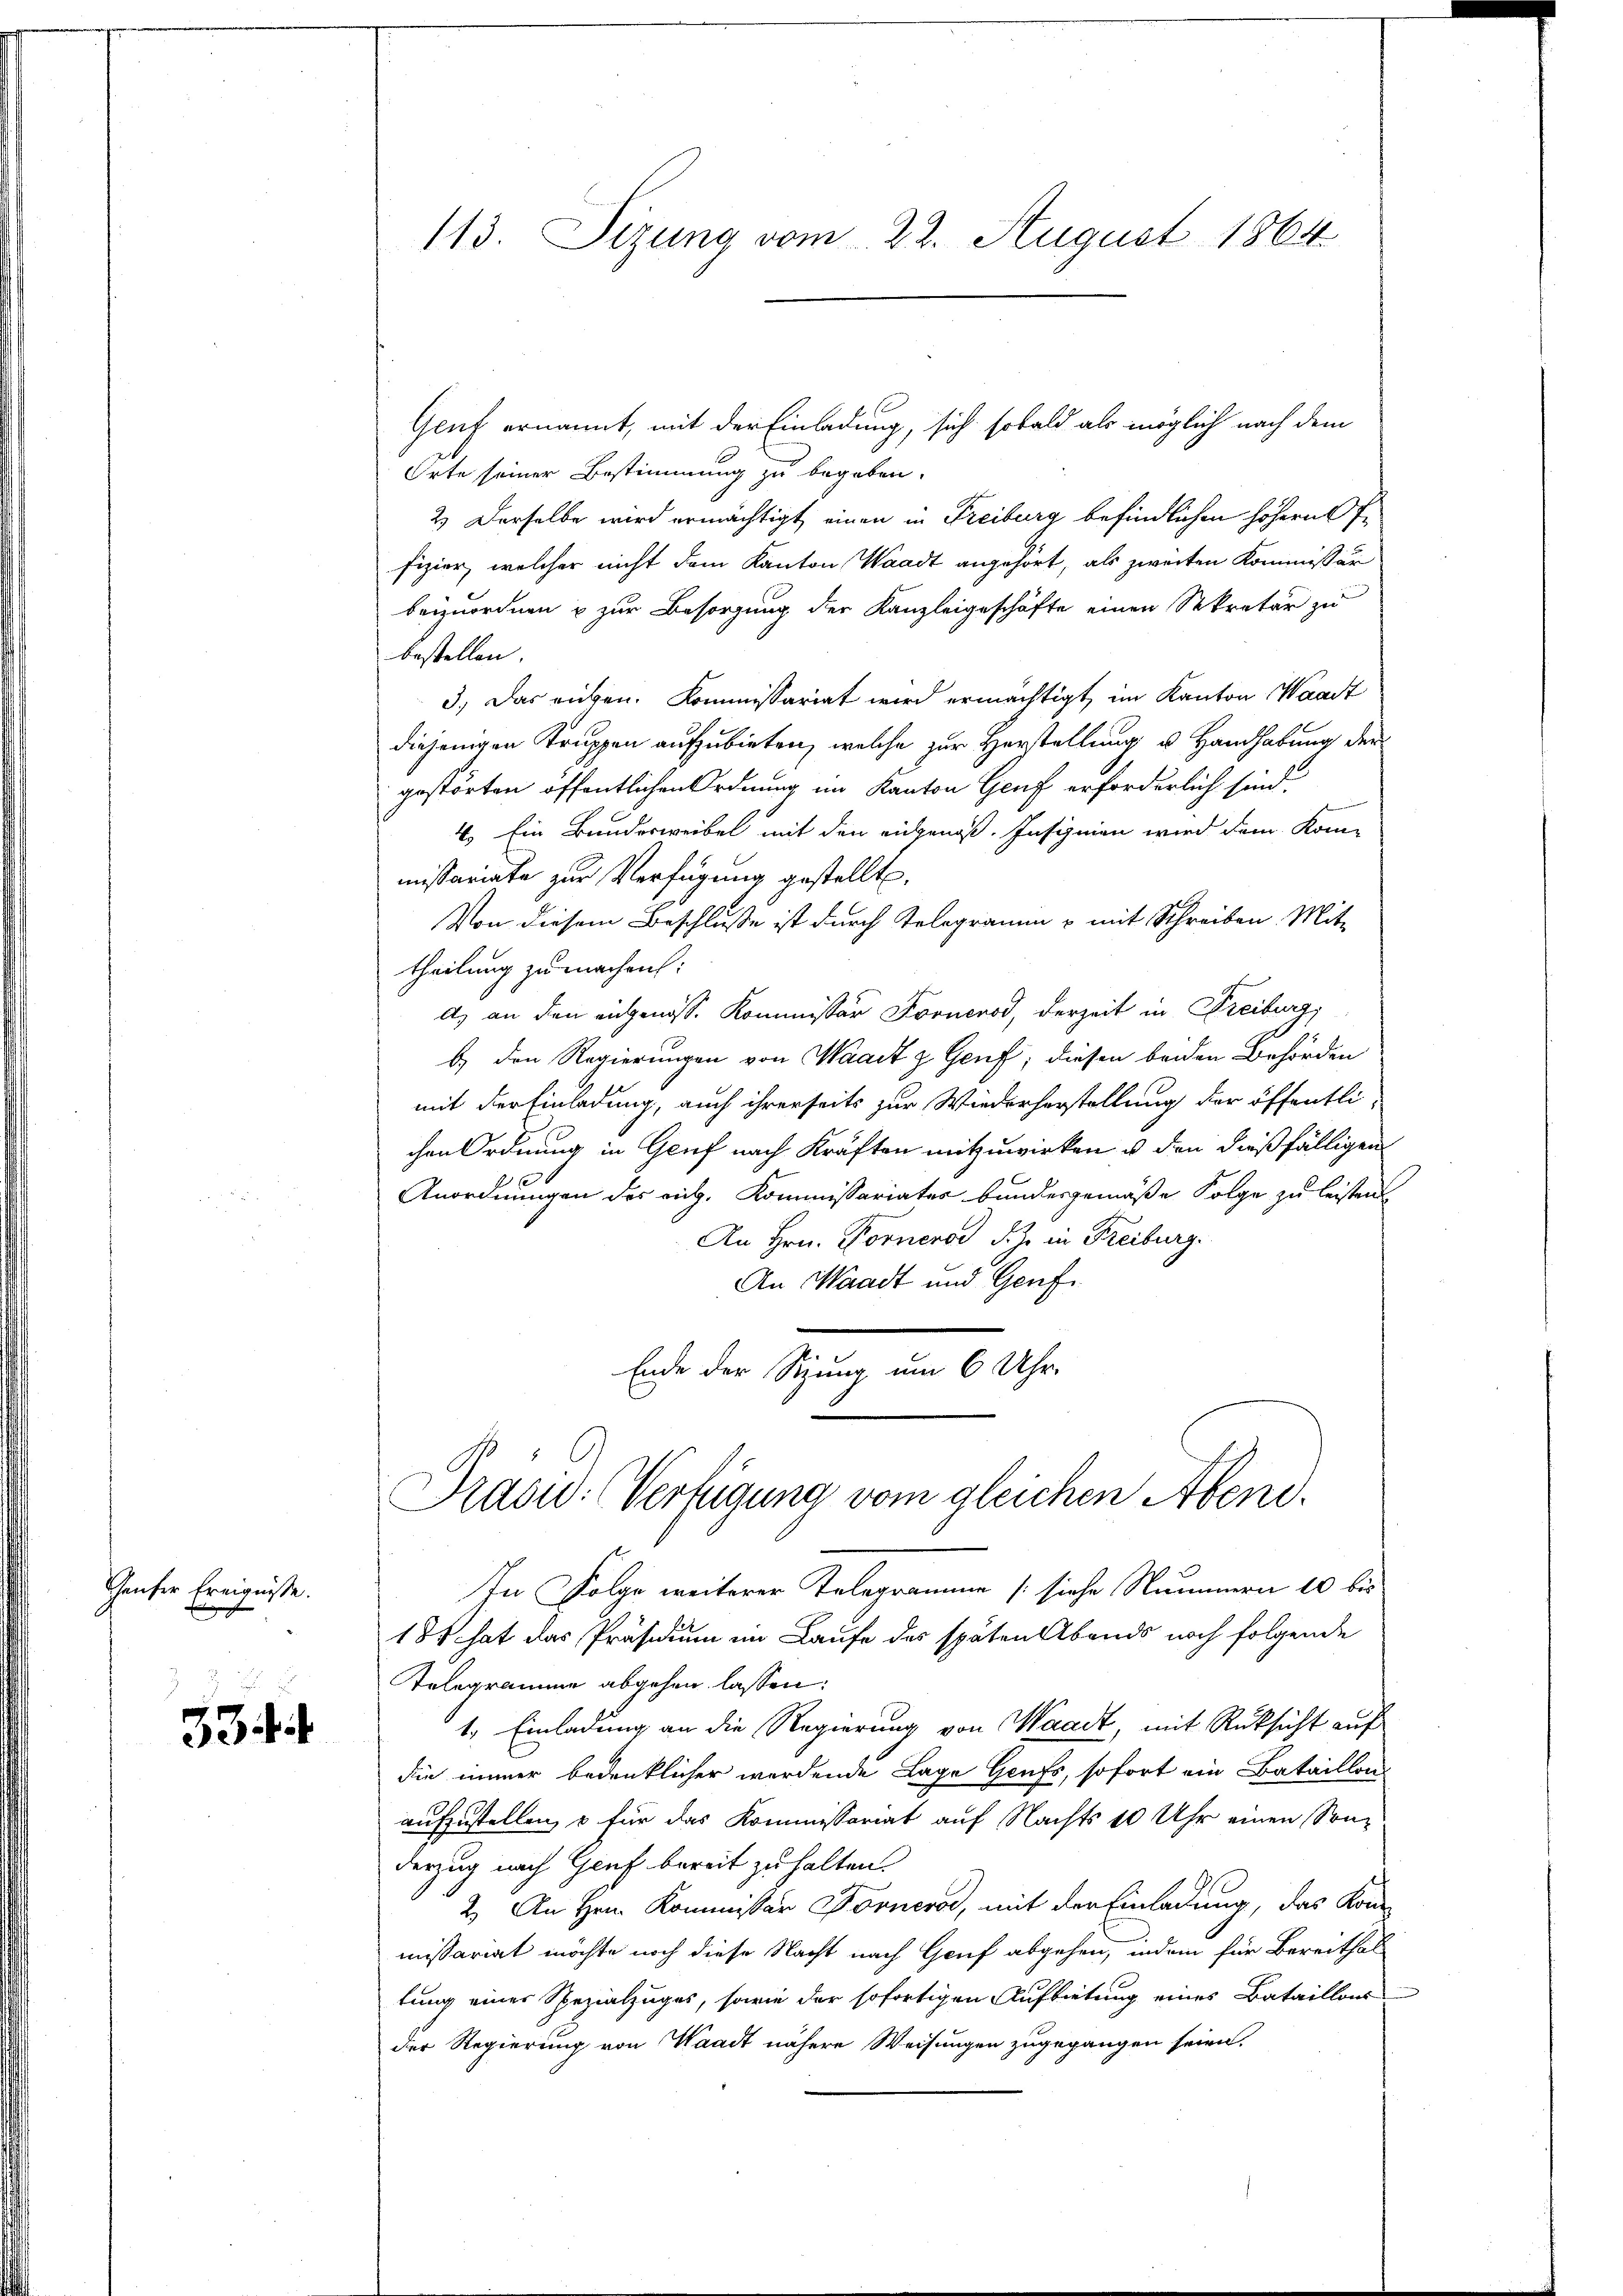
häuser Ereignisse.

334

Geuf ernannt, mit der Einladung, sich sobald als möglich nach dem
Orte seiner Bestimmung zu begeben.
2.) Derselbe wird ermächtigt einen in Freiburg befindlichen höhern fr
fizier, welcher nicht dem Kanton Waadt angehört, als zweiten Kommissär
beizuordnen u zur Besorgung der Kanzleigeschäfte einen Sekretär zu
bestellen.
3.) Das ruhen. Kommissariat wird ermächtigt, im Kanton Waadt
diejenigen Truppen aufzubieten, welche zur Herstellung u. Handhabung der
gestörten öffentlichen Ordnung im Kanton Genf erforderlich sind
4. Ein Bunderweibel mit den eingenoß. Insignien wird dem Kom-
missariate zur Verfügung gestellt.
Von diesem Beschlusse ist durch Telegramm u mit Schreiben Mit-
theilung zu machen:
d) an den angenoss. Kommissär Fornerod, derzeit in Freiburg,
b.) den Regierungen von Waadt & Genf; diesen beiden Behörden
mit der Einladung, auch ihrerseits zur Wiederherstellung der öffentli-
chen Ordnung in Genf nach Kräften mitzuwirken u den dießfälligen
Anordnungen des rich. Kommissariater bundesgemäße Folge zu leisten
An Hrn. Forneros S. Z. in Freiburg.
An Waadt und Genf
Ende der Sitzung um 6 Uhr.

113. Sizung vom 22. August 1864

Präsid. (Verfügung vom gleichen Abend.

In Folge weiterer Telegramme (siehe Nummern 10 bis
18 hat das Präsidium im Laufe des späten Abends noch folgende
Telegramme abgehen lassen:
1. Einladung an die Regierung von Waadt, mit Rüksicht auf
die immer bedenklicher werdende Lage Genfs, sofort ein Bataillon
aufzustellen, o für das Kommissariat auf Nachts 10 Uhr einen Sonderzug nach Genf bereit zu halten.
2. An Hrn. Kommissär Fornere, mit der Einladung, das Konmissariat möchte noch diese Nacht nach Genf abgehen, indem für Bereithal
tung einer Spezialzuges, sowie der sofortigen Aufbietung eines Bataillons
der Regierung von Waadt nähere Weisungen zugegangen seien.